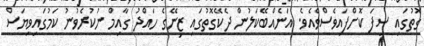
ގޮތުގައި ސިފަ ކޮށްފައިވެސްވެއެވެ. އަނެއްބޭކަލުން ދެކޭގޮތުގައި ޒިނޭގެ ހައްދު ގާއިމް ނުކުރެވުނު ކަމުގައިވިޔަސް